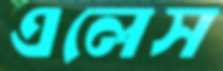
এলেস